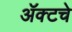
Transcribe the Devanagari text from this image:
ॲक्टचे